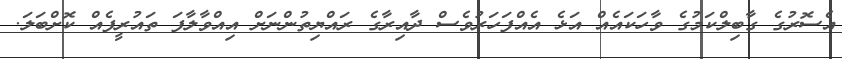
އެސޮރުގެ ގާބިލްކަމުގެ ވާހަކައެއް އަޅެ އެއްފަހަރުވެސް ދާއިރާގެ ރައްޔިތުންނަށް އިއްވާލާފަ ތައުރީފެއް ކޮށްބަލަ.